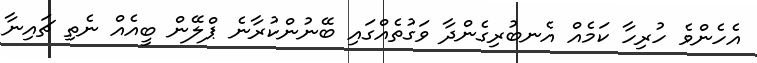
އެހެންވެ ހުރިހާ ކަމެއް އެނބުރިގެންދާ ވަގުތެއްގައި ބޭނުންކުރާނެ ޕްލޭން ބީއެއް ނެތި ޗައިނާ